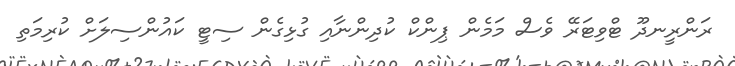
ރަންރީނދޫ ޓްވިޓަރޭ ވެސް މަމެން ޕިންކް ކުދިންނާއި ގުޅިގެން ސިޓީ ކައުންސިލަށް ކުރިމަތި